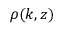
\rho ( k , z )